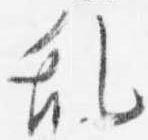
乱